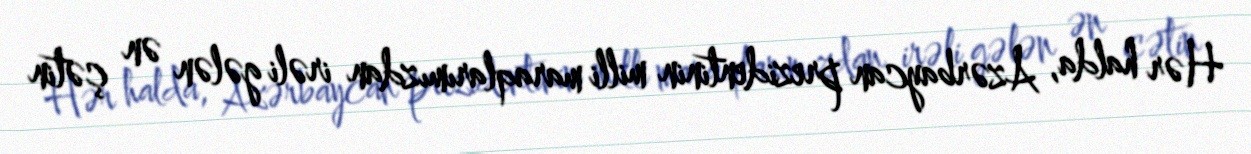
Hər halda, Azərbaycan prezidentinin milli maraqlarımızdan irəli gələn ən çətin